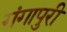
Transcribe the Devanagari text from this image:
गंगापुरी